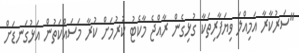
"ސަރުކާރާ އަމިއްލަ ވިޔަފާރިތަކާ ގުޅިގެން ރާއްޖެ މާކެޓު ކުރުމަށް ކުރާ މަސައްކަތުން އަޅުގަނޑަށް